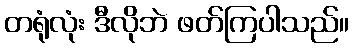
တရုံလုံး ဒီလိုဘဲ ဖတ်ကြပါသည်။